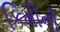
કિમીની